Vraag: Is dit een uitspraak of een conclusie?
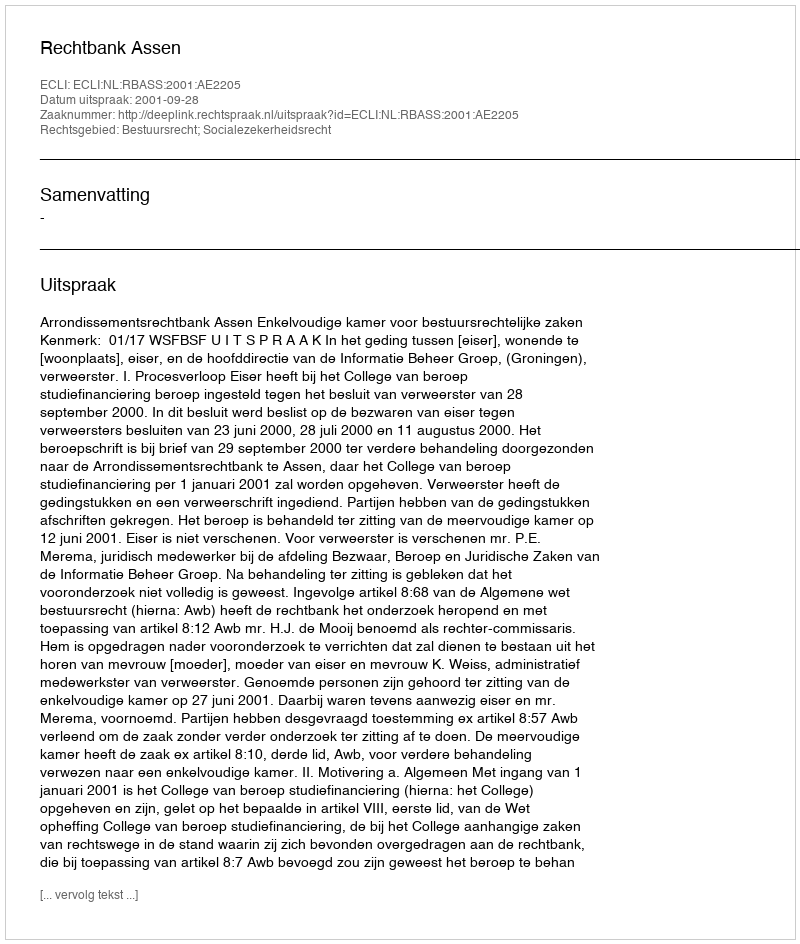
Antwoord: Uitspraak